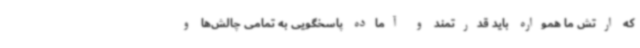
که ارتش ما همواره باید قدرتمند و آماده پاسخگویی به تمامی چالش‌ها و